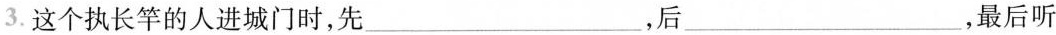
3.这个执长竿的人进城门时，先__，后___，最后听